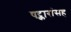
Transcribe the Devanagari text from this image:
षट्कारांसह